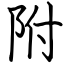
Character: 附